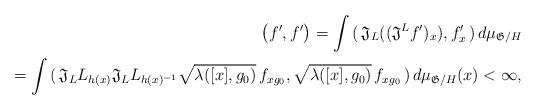
LaTeX: \begin{align*} \big( f' , f' \big) = \int \, (\, \mathfrak{J}_L ((\mathfrak{J}^L f')_x ), f'_x \,) \, d\mu_{\mathfrak{G}/H} \\= \int \, (\, \mathfrak{J}_L L_{h(x)} \mathfrak{J}_L L_{h(x)^{-1}} \sqrt{\lambda ([x], g_0)} \, f_{xg_0} , \sqrt{\lambda ([x], g_0)} \, f_{xg_0} \,) \, d\mu_{\mathfrak{G}/H}(x) < \infty,\end{align*}